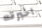
اخبرته